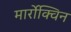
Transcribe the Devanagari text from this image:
मार्रोक्विन